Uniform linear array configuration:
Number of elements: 8
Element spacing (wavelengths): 0.5
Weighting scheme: exponential
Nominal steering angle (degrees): -60
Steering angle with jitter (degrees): -60.366
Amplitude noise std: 0.05
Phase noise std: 0.05

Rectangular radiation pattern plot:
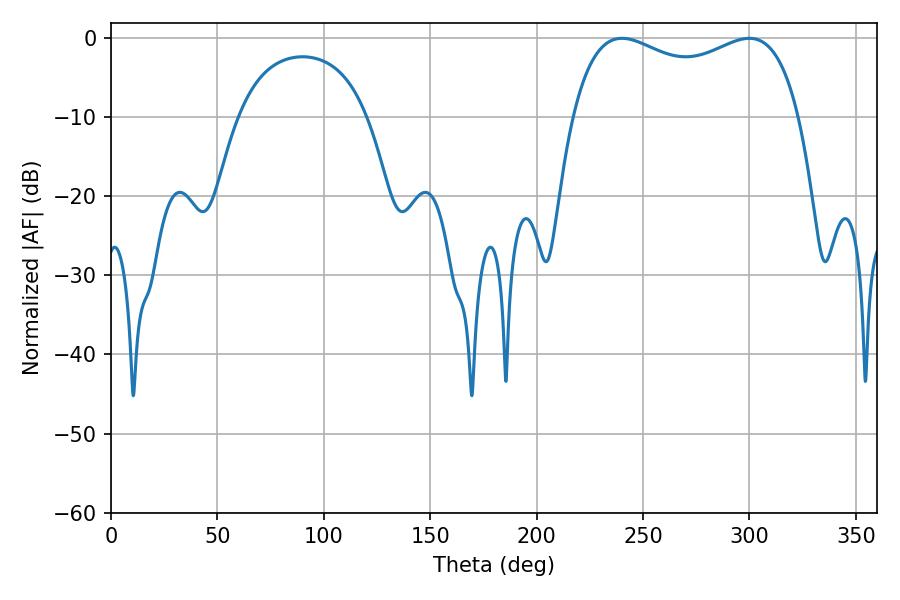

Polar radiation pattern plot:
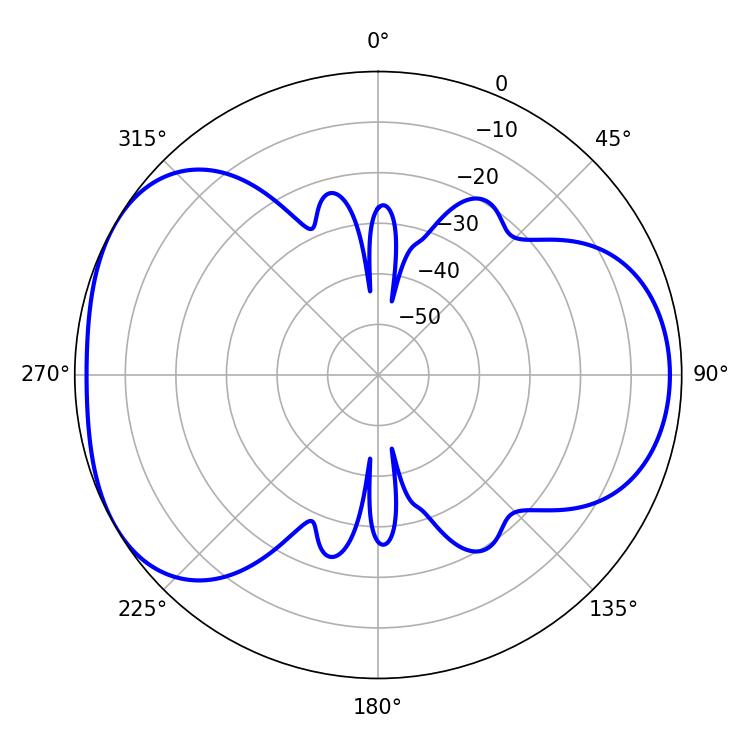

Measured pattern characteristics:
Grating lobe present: FALSE
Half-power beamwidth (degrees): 88.2
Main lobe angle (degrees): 240.12